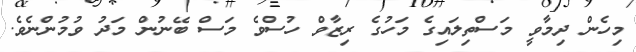
މިހެން ދިމާވީ މަސްތިލައިގެ މަހުގެ ރިޒާވް ހުސްވެ މަސް ބޭނުން މަދު ވުމުންނެވެ.